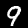
Label: 9